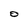
Character: O